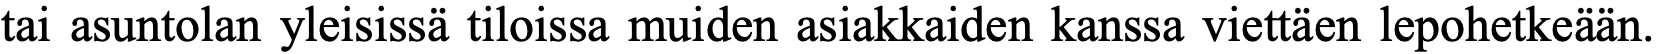
tai asuntolan yleisissä tiloissa muiden asiakkaiden kanssa viettäen lepohetkeään.